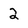
Character: 2